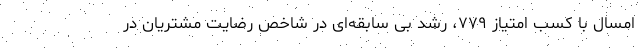
امسال با کسب امتیاز ۷۷۹، رشد بی سابقه‌ای در شاخص رضایت مشتریان در